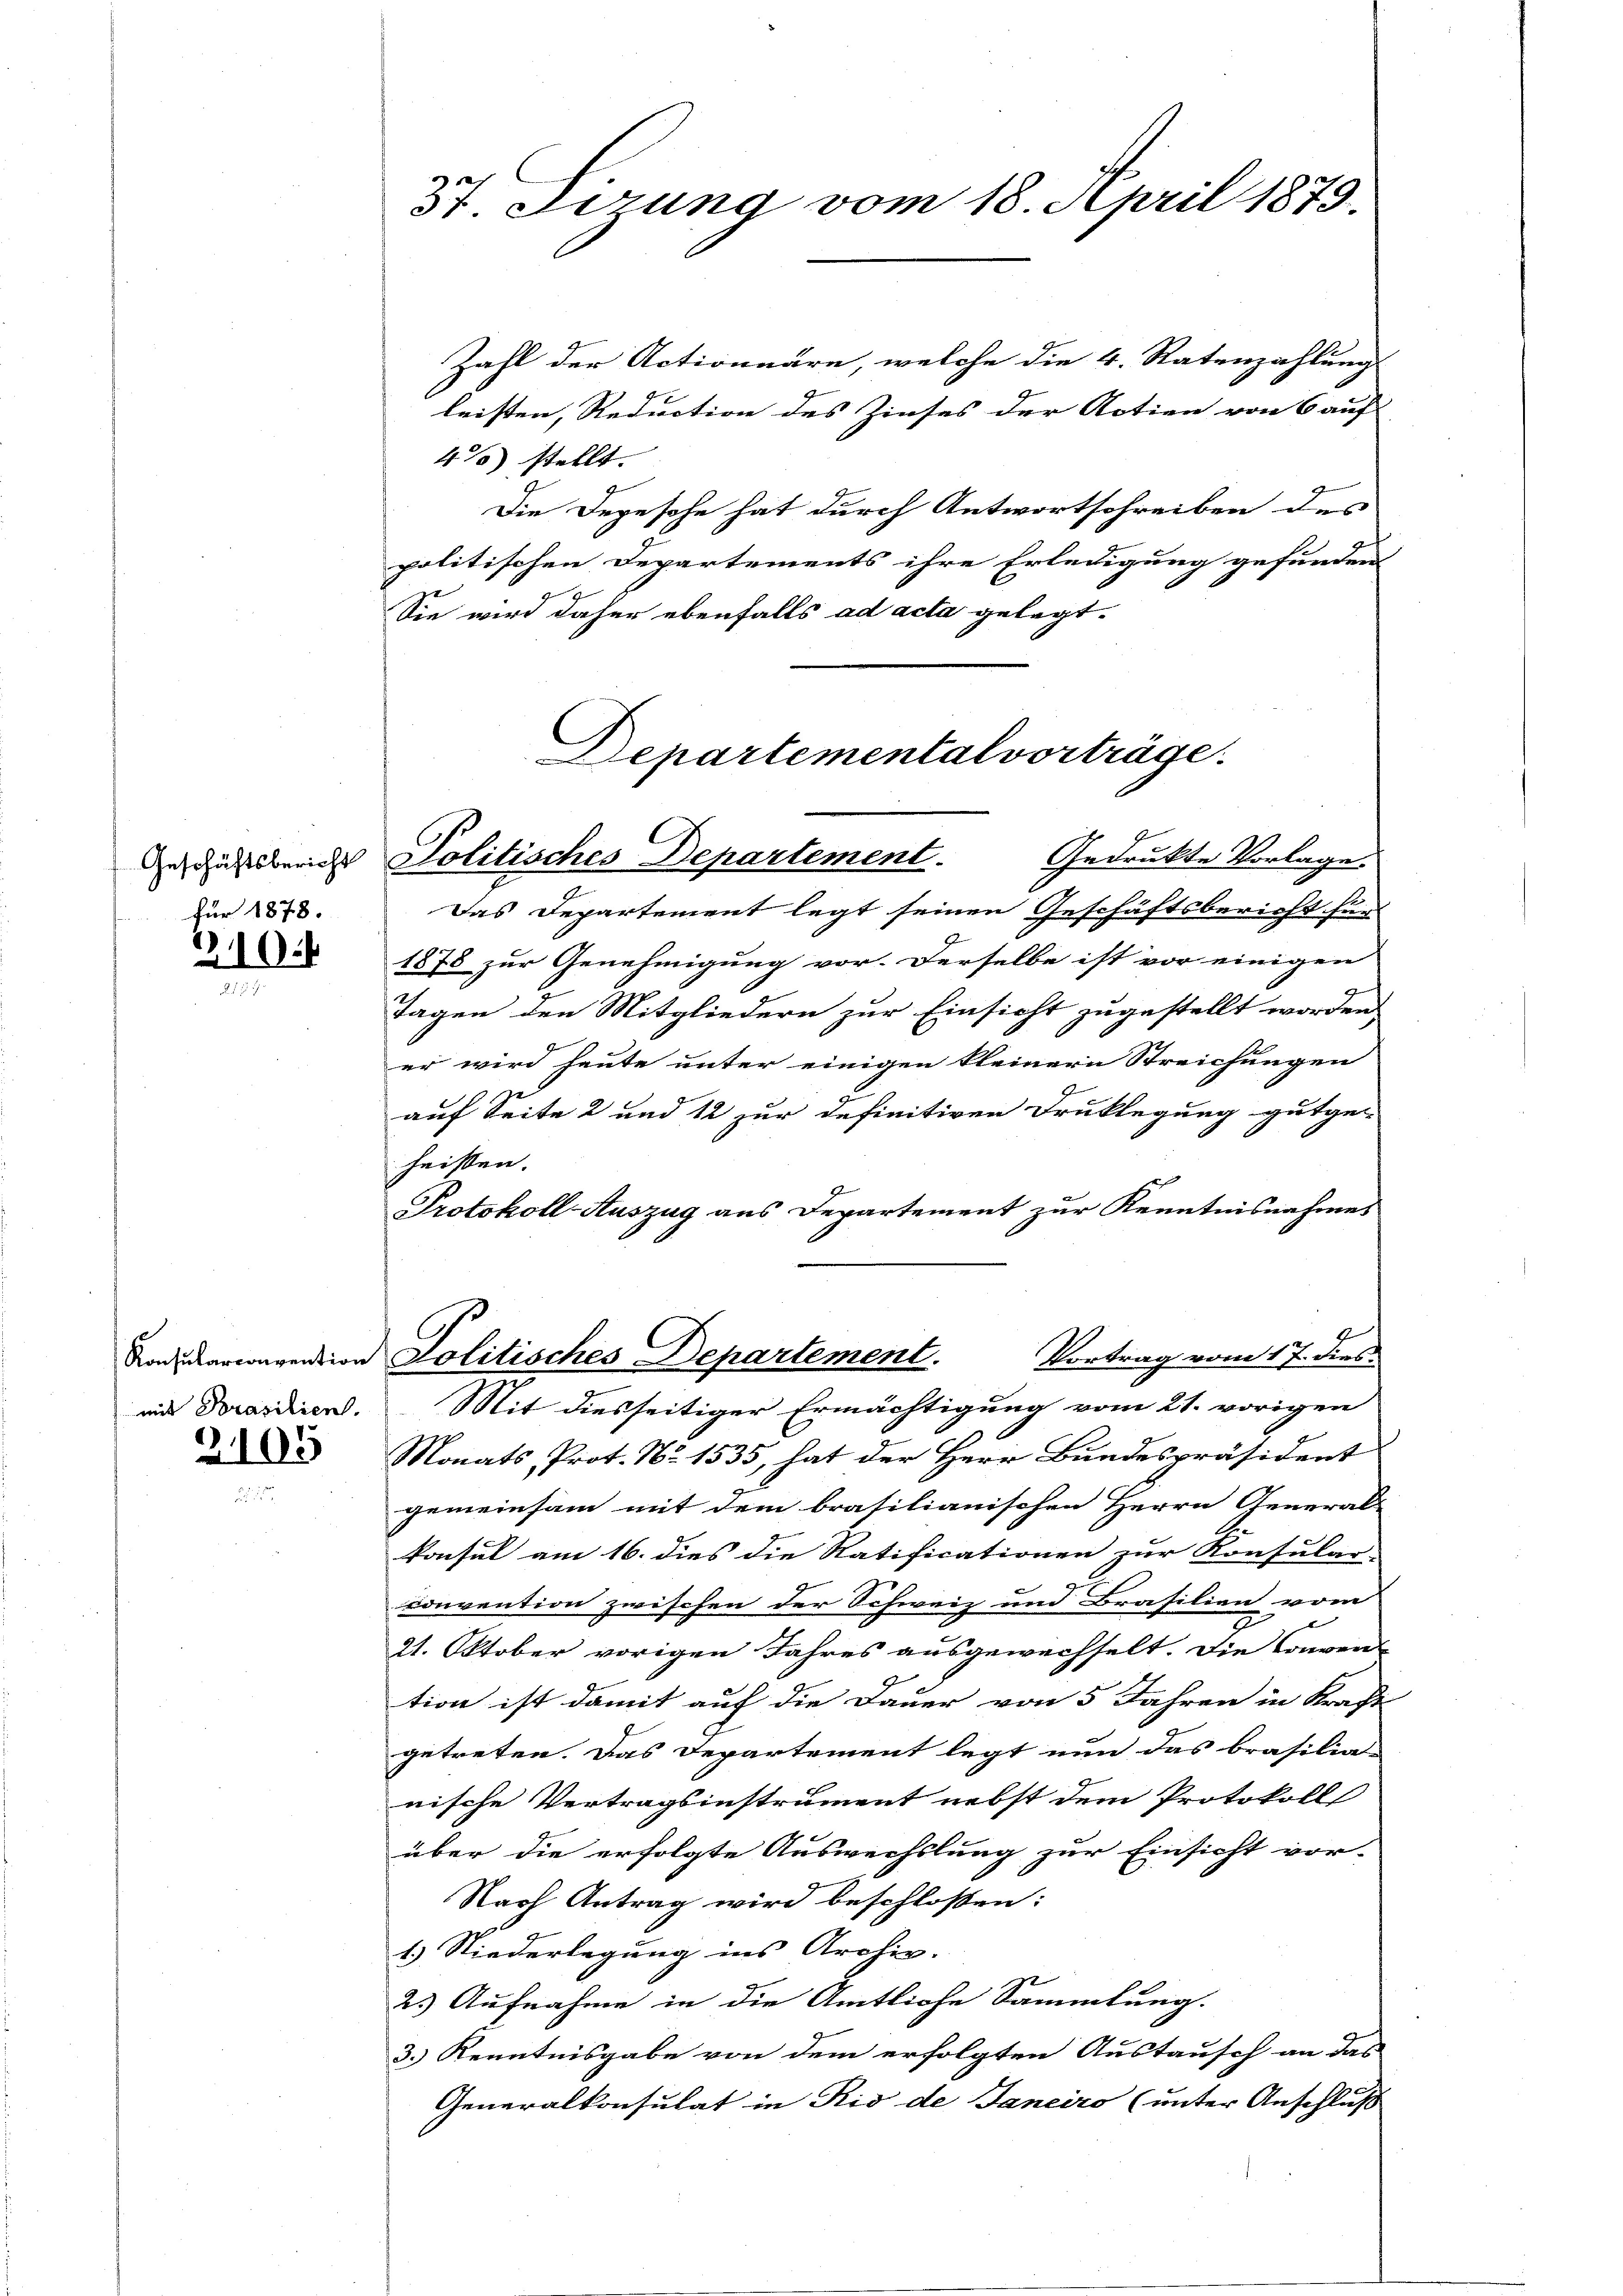
Geschäftsbericht
Für 1878.

10.

mit Brasilien.

2105

Zahl der Actionäre, welche die 4. Ratenzahlung
leisten, Reduction des Zinses der Actien von 6 auf
4%) stellt.
Die Degesche hat durch Antwortschreiben des
politischen Departements ihre Erledigung gefunden
Sie wird daher ebenfalls ad acta gelegt.

37. Sirung vom 18. April 1879.

Departemental vorträge.
Politisches Departement.
Gedruckte Vorlage

Das Departement legt seinen Geschäftsbericht für
1878 zur Genehmigung vor. Derselbe ist vor einigen
Tagen den Mitgliedern zur Einsicht zugestellt worden,
er wird heute unter einigen kleinern Streichungen
auf Seite 2 und 12 zur definitiven Druklegung gutge-
heißen.
9
Protokoll-Auszug aus Departement zur Kenntnisnahmes
Monats, Prot. No 1535, hat der Herr Bundespräsident
gemeinsam mit dem brasilianischen Herrn General-
konsul am 16. dies die Ratificationen zur Konsular-
convention zwischen der Schweiz und Brasilien vom
21. Oktober vorigen Jahres ausgewechselt. Die Conven-
tion ist damit auf die Dauer von 5 Jahren in Kraft
getreten. Das Departement legt nun das brasilia-
nische Vertragsinstrument nebst dem Protokoll
über die erfolgte Auswechslung zur Einsicht vor-
Nach Antrag wird beschlossen:
1.) Niederlegung ins Archiv.
2.) Aufnahme in die Amtliche Sammlung.
3. Kenntnisgabe von dem erfolgten Austausch an das
Generalkonsulat in Rio de Janeiro (unter Anschluß

Konsuariarention Politisches Departement. Vortrag vom 17. dies
Mit diesseitiger Ermächtigung vom 21. vorigen